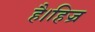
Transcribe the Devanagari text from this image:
है।हिज्र